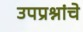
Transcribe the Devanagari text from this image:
उपप्रश्नांचे